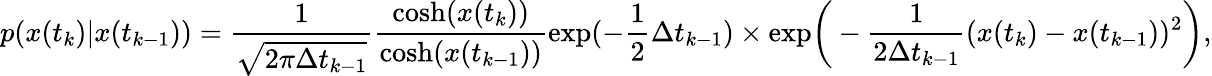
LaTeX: p(x(t_{k})|x(t_{k-1}))=\frac{1}{\sqrt{2\pi\Delta t_{k-1}}}\frac{\mathrm{cosh}(x(t_{k}))}{\mathrm{cosh}(x(t_{k-1}))}\mathrm{exp}(-\frac{1}{2}\Delta t_{k-1})\times\mathrm{exp}\bigg(-\frac{1}{2\Delta t_{k-1}}(x(t_{k})-x(t_{k-1}))^{2}\bigg),